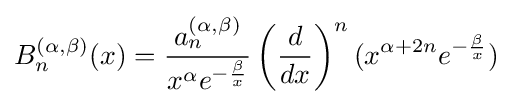
B_{n}^{(\alpha ,\beta )}(x)={\frac {a_{n}^{(\alpha ,\beta )}}{x^{\alpha }e^{-{\frac {\beta }{x}}}}}\left({\frac {d}{dx}}\right)^{n}(x^{\alpha +2n}e^{-{\frac {\beta }{x}}})